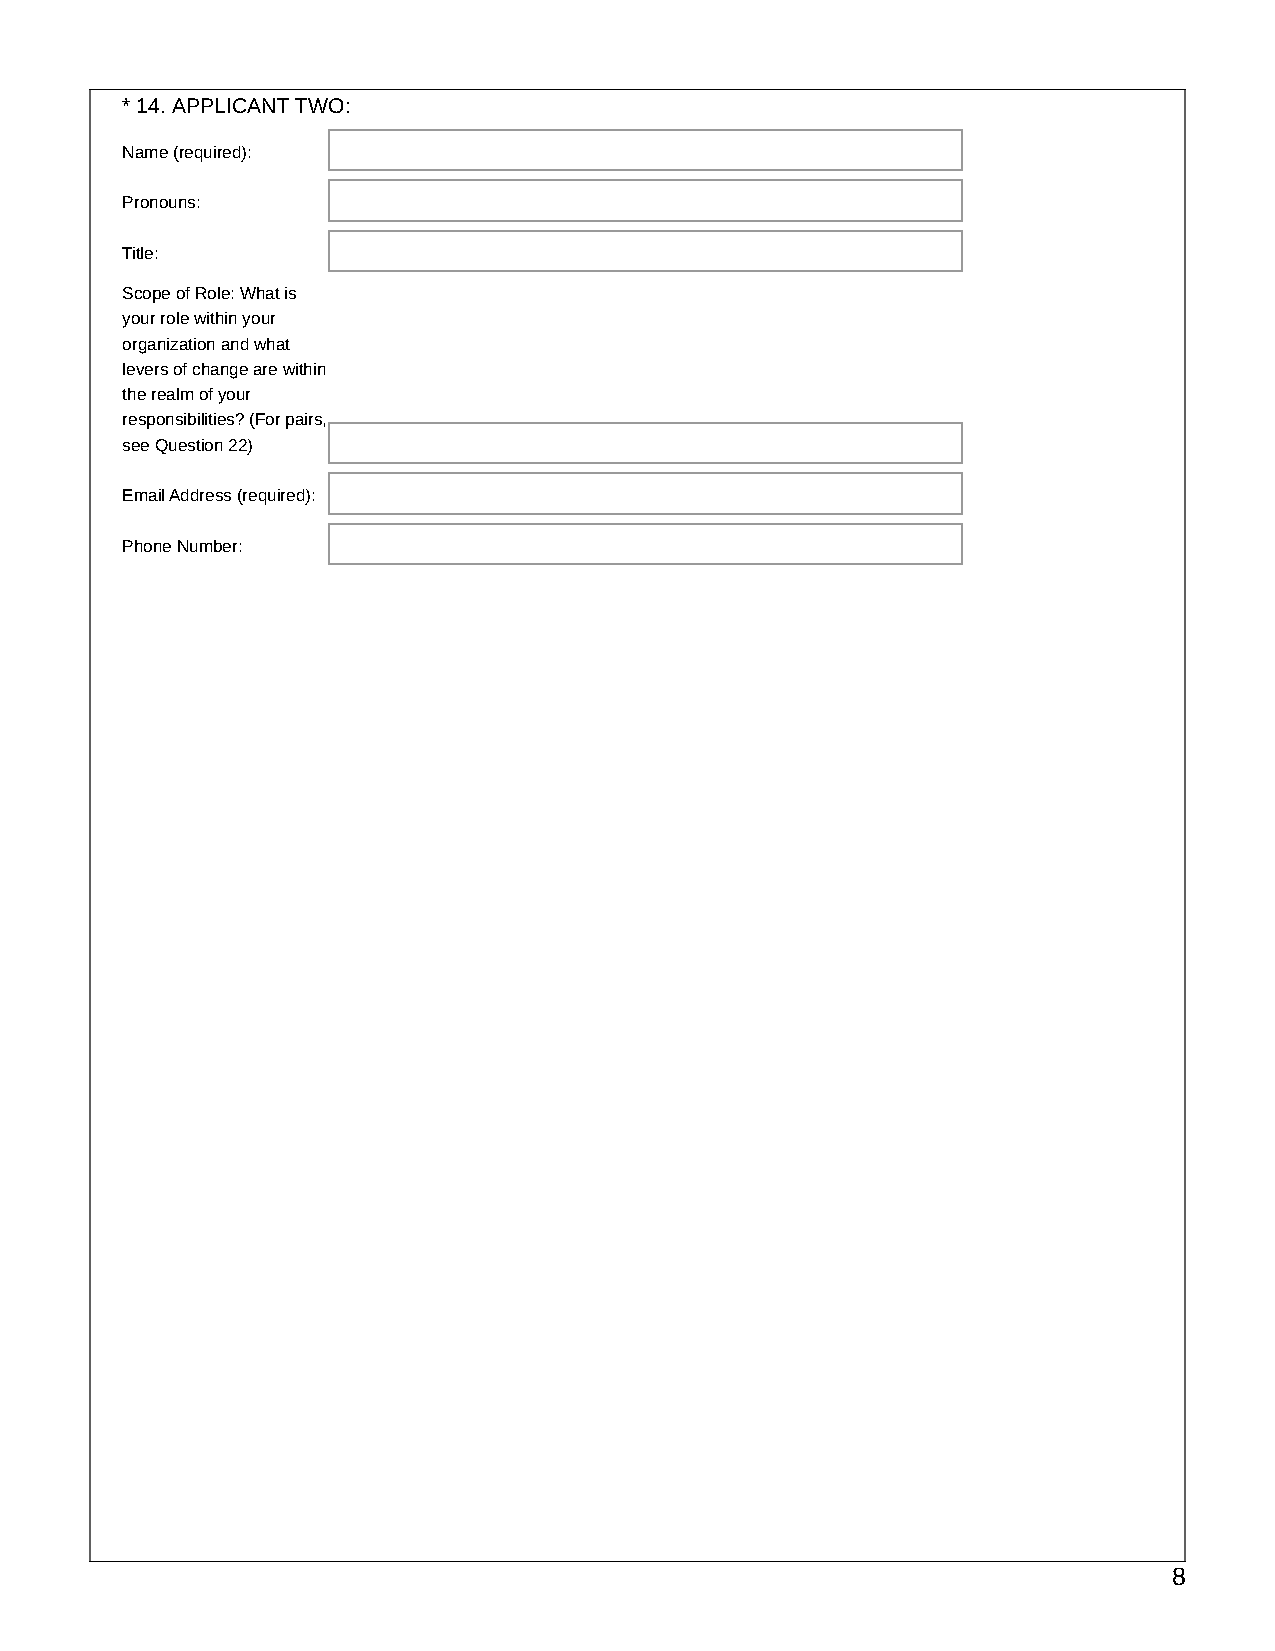
* 14. APPLICANT TWO:
 Name (required):
 Pronouns:
 Title:
 Scope of Role: What is
 your role within your
 organization and what
 levers of change are within
 the realm of your
 responsibilities? (For pairs,
 see Question 22)
 Email Address (required):
 Phone Number:
 8